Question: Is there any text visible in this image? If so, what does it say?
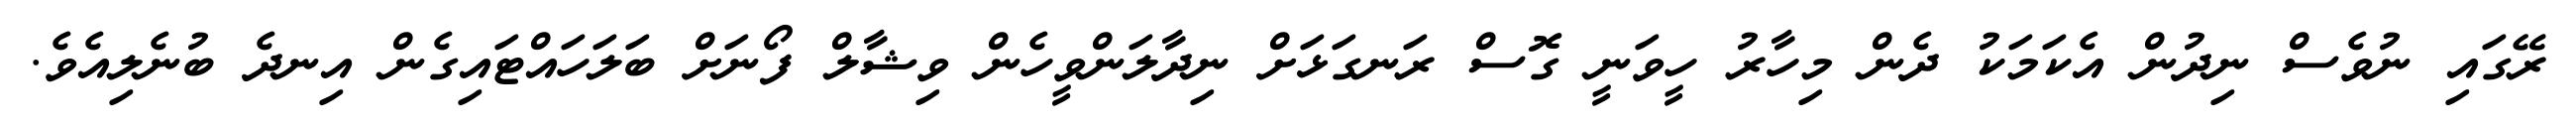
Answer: ރޭގައި ނުވެސް ނިދުން އެކަމަކު ދެން މިހާރު ހީވަނީ ގޮސް ރަނގަޅަށް ނިދާލަންވީހެން ވިޝާލް ފޯނަށް ބަލަހައްޓައިގެން އިނދެ ބުނެލިއެވެ.